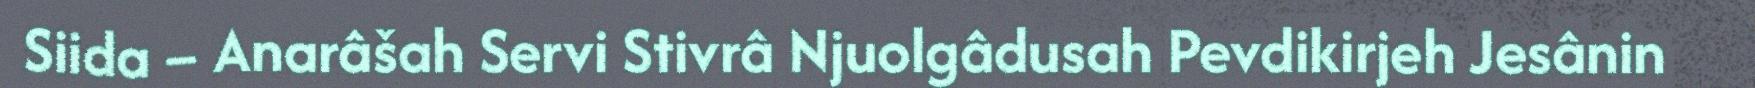
Siida – Anarâšah Servi Stivrâ Njuolgâdusah Pevdikirjeh Jesânin